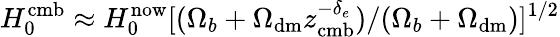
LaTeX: H_{0}^{\mathrm{cmb}}\approx H_{0}^{\mathrm{now}}[(\Omega_{b}+\Omega_{\mathrm{dm}}z_{\mathrm{cmb}}^{-\delta_{e}})/(\Omega_{b}+\Omega_{\mathrm{dm}})]^{1/2}